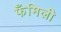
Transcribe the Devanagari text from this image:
फँमिली